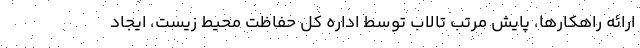
ارائه راهکارها، پایش مرتب تالاب توسط اداره کل حفاظت محیط زیست، ایجاد